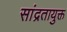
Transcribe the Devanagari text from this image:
सांद्रतायुक्त